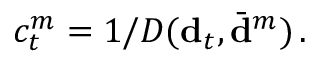
c _ { t } ^ { m } = 1 / D ( { \bf d } _ { t } , \bar { { \bf d } } ^ { m } ) \, .